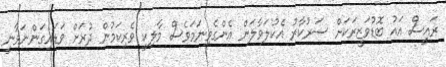
ރައީސް އައު ބޮޑުވަޒީރަކަށް ސަރުކާރު އެކުލަވާލަން އެންގެވިނަމަވެސް މާލިކީ ވެރިކަމުން ދުރަށް ވަޑައިގަންނަވާނީ